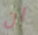
ان